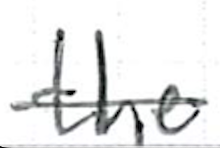
Text: the
Cross-out: single-line
Writing tool: ballpoint